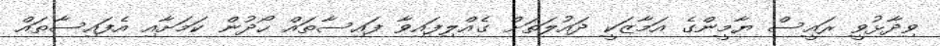
ވިދާޅުވީ ރައީސް ޔާމީންގެ އަމާޒަކީ ދައުލަތަށް ގެއްލިފައިވާ ފައިސާތައް ހޯދުން ކަމަށާއި އެފައިސާތައް